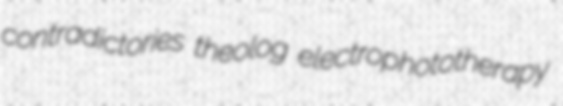
contradictories theolog electrophototherapy